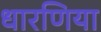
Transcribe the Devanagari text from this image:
धारणिया